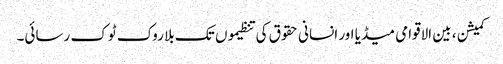
کمیشن ، بین الاقوامی میڈیا اور انسانی حقوق کی تنظیموں تک بلا روک ٹوک رسائی۔